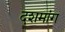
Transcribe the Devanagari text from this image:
दशमांग